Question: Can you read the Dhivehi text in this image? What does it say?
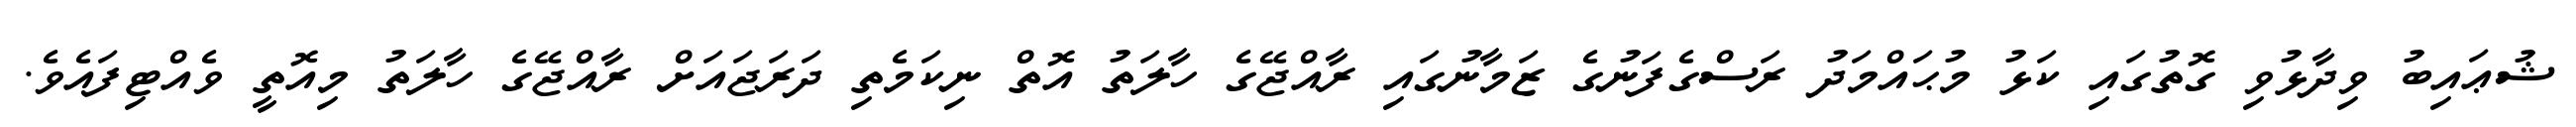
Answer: ޝުޢައިބު ވިދާޅުވި ގޮތުގައި ކަޅު މުޙައްމަދު ރަސްގެފަނުގެ ޒަމާނުގައި ރާއްޖޭގެ ހާލަތު އޮތް ނިކަމެތި ދަރަޖައަށް ރާއްޖޭގެ ހާލަތު މިއޮތީ ވެއްޓިފައެވެ.